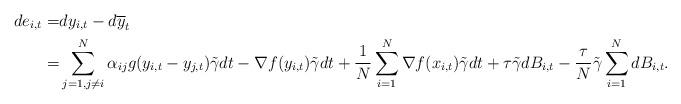
LaTeX: \begin{align*} d{e_{i,t}}=& d{y}_{i,t}-d{\overline{y}_{t}} \\=& \sum_{j=1,j\neq i}^{N}\alpha_{ij}g(y_{i,t}-y_{j,t})\tilde{\gamma}dt-\nabla f(y_{i,t})\tilde{\gamma}dt+\frac{1}{N}\sum_{i=1}^N\nabla f({x}_{i,t})\tilde{\gamma}dt +\tau \tilde{\gamma}{dB_{i,t}}-\frac{\tau }{N}\tilde{\gamma}\sum_{i=1}^N {dB_{i,t}}.\end{align*}